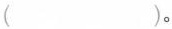
( )。